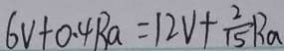
6 v + 0 . 4 R a = 1 2 V + \frac { 2 } { 1 5 } R _ { a }